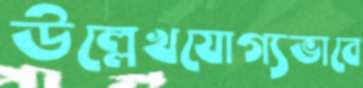
উল্লেখযোগ্যভাবে